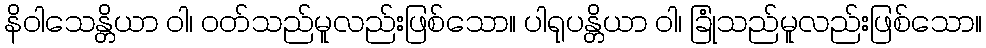
နိဝါသေန္တိယာ ဝါ၊ ဝတ်သည်မူလည်းဖြစ်သော။ ပါရုပန္တိယာ ဝါ၊ ခြုံသည်မူလည်းဖြစ်သော။